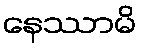
နေဿာမိ